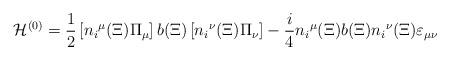
LaTeX: \begin{align*}{\cal H}^{(0)}={1\over2}\left[{n_i}^\mu(\Xi)\Pi_\mu\right] b(\Xi) \left[{n_i}^\nu(\Xi)\Pi_\nu\right]-{i\over4}{n_i}^\mu(\Xi) b(\Xi){n_i}^\nu(\Xi)\varepsilon_{\mu\nu}\end{align*}